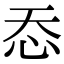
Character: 㤁